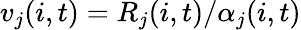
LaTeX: v_{j}(i,t)=R_{j}(i,t)/\alpha_{j}(i,t)